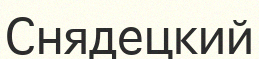
Снядецкий